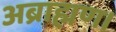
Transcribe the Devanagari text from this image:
अब्राह्मण।